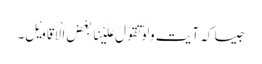
جیسا کہ آیت وَلَوْتَقَوَّلَ عَلَیْنَا بَعْضَ الْاَقَاوِیْلِ۔